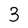
Character: 3